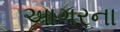
આગરના